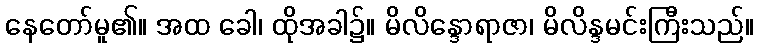
နေတော်မူ၏။ အထ ခေါ၊ ထိုအခါ၌။ မိလိန္ဒောရာဇာ၊ မိလိန္ဒမင်းကြီးသည်။